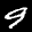
Label: 9